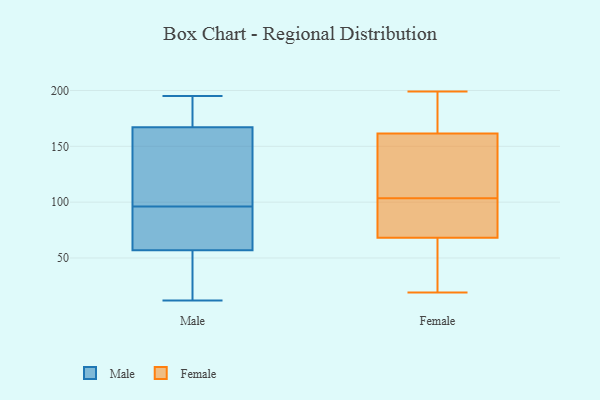
{"axis": {"x": "Active Users", "y": "Value"}, "legend": ["Female", "Male"], "data": [{"x": "", "y": 87, "type": "Male"}, {"x": "", "y": 47, "type": "Male"}, {"x": "", "y": 61, "type": "Male"}, {"x": "", "y": 109, "type": "Male"}, {"x": "", "y": 195, "type": "Male"}, {"x": "", "y": 178, "type": "Male"}, {"x": "", "y": 21, "type": "Male"}, {"x": "", "y": 115, "type": "Male"}, {"x": "", "y": 60, "type": "Male"}, {"x": "", "y": 54, "type": "Male"}, {"x": "", "y": 105, "type": "Male"}, {"x": "", "y": 195, "type": "Male"}, {"x": "", "y": 162, "type": "Male"}, {"x": "", "y": 12, "type": "Male"}, {"x": "", "y": 172, "type": "Male"}, {"x": "", "y": 69, "type": "Male"}, {"x": "", "y": 121, "type": "Female"}, {"x": "", "y": 147, "type": "Female"}, {"x": "", "y": 19, "type": "Female"}, {"x": "", "y": 78, "type": "Female"}, {"x": "", "y": 167, "type": "Female"}, {"x": "", "y": 86, "type": "Female"}, {"x": "", "y": 45, "type": "Female"}, {"x": "", "y": 196, "type": "Female"}, {"x": "", "y": 136, "type": "Female"}, {"x": "", "y": 86, "type": "Female"}, {"x": "", "y": 156, "type": "Female"}, {"x": "", "y": 199, "type": "Female"}, {"x": "", "y": 44, "type": "Female"}, {"x": "", "y": 77, "type": "Female"}, {"x": "", "y": 59, "type": "Female"}, {"x": "", "y": 180, "type": "Female"}]}